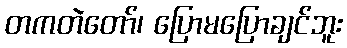
တကတဲတော်၊ ပြောမပြောချင်ဘူး